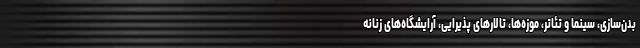
بدن‌سازی، سینما و تئاتر، موزه‌ها، تالارهای پذیرایی، آرایشگاه‌های زنانه